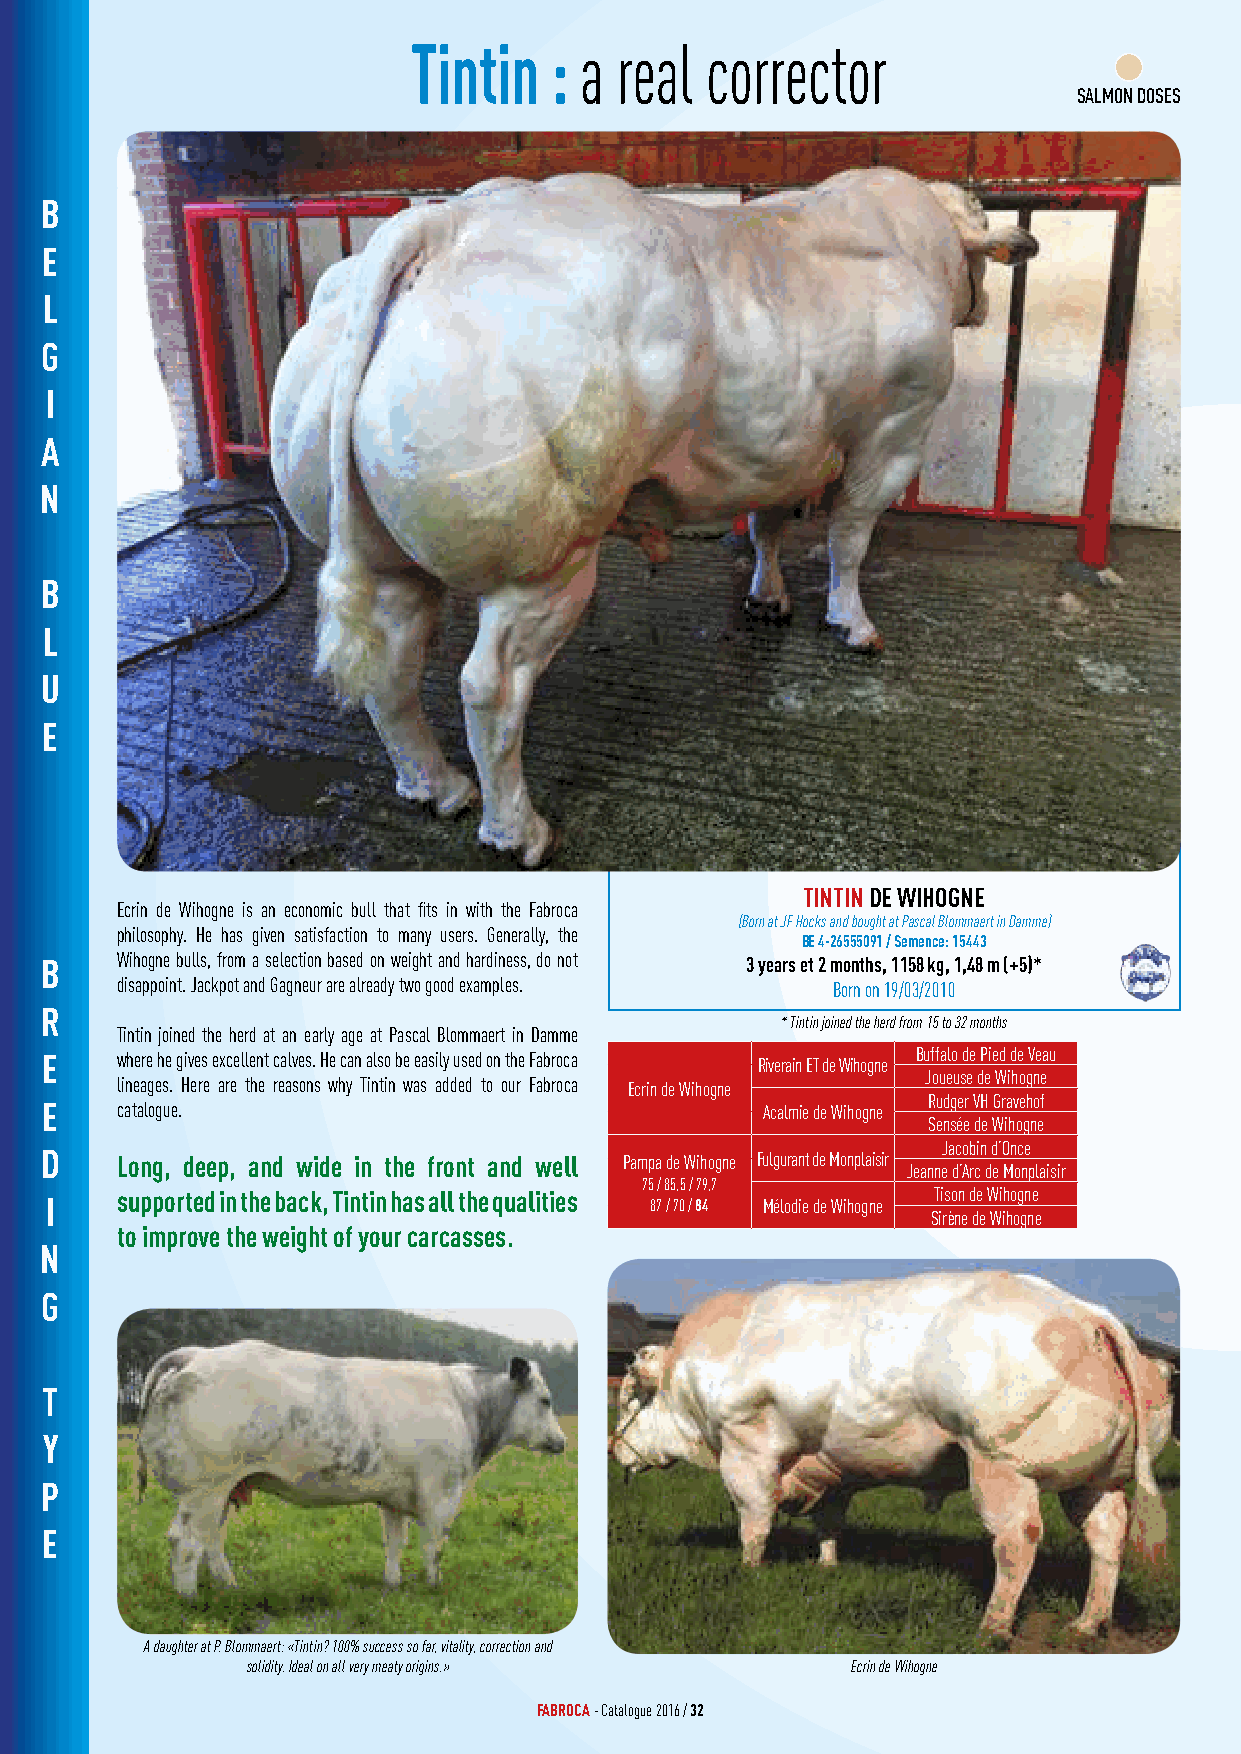
Tintin   : a  real  corrector
 SALMON DOSES
 B
 E
 L
 G
 I
 A
 N
 B
 L
 U
 E
 TINTIN DE WIHOGNE
 Ecrin de Wihogne is an economic bull that fits in with the Fabroca
 (Born at JF Hocks and bought at Pascal Blommaert in Damme)
 philosophy. He has given satisfaction to many users. Generally, the
 BE 4-26555091 / Semence: 15443
 B    Wihogne bulls, from a selection based on weight and hardiness, do not 3 years et 2 months, 1158 kg, 1,48 m (+5)*
 disappoint. Jackpot and Gagneur are already two good examples. Born on 19/03/2010
 R
 * Tintin joined the herd from 15 to 32 months
 Tintin joined the herd at an early age at Pascal Blommaert in Damme
 E    where he gives excellent calves. He can also be easily used on the Fabroca Riverain ET de Wihogne Buffalo de Pied de Veau
 Joueuse de Wihogne
 lineages. Here are the reasons why Tintin was added to our Fabroca Ecrin de Wihogne
 Rudger VH Gravehof
 E    catalogue.                                Acalmie de Wihogne
 Sensée de Wihogne
 Jacobin d’Once
 D    Long, deep, and wide in the front and well Pampa de Wihogne Fulgurant de Monplaisir
 Jeanne d’Arc de Monplaisir
 75 / 85,5 / 79,7
 I    supported in the back, Tintin has all the qualities 87 / 70 / 84 Mélodie de Wihogne Tison de Wihogne
 Sirène de Wihogne
 to improve the weight of your carcasses.
 N
 G
 T
 Y
 P
 E
 A daughter at P. Blommaert: «Tintin? 100% success so far, vitality, correction and
 solidity. Ideal on all very meaty origins.» Ecrin de Wihogne
 FABROCA - Catalogue 2016 / 32